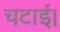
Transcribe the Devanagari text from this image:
चटाई।